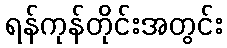
ရန်ကုန်တိုင်းအတွင်း